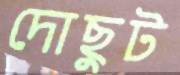
দোছুট